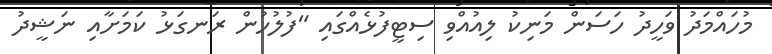
މުހައްމަދު ވަހީދު ހަސަން މަނިކު ލިއުއްވި ސިޓީފުޅެއްގައި "ފުލުހުން ރަނގަޅު ކަމަށާއި ނަޝީދު